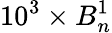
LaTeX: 10^{3}\times B_{n}^{1}